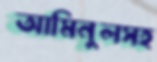
আমিনুলসহ